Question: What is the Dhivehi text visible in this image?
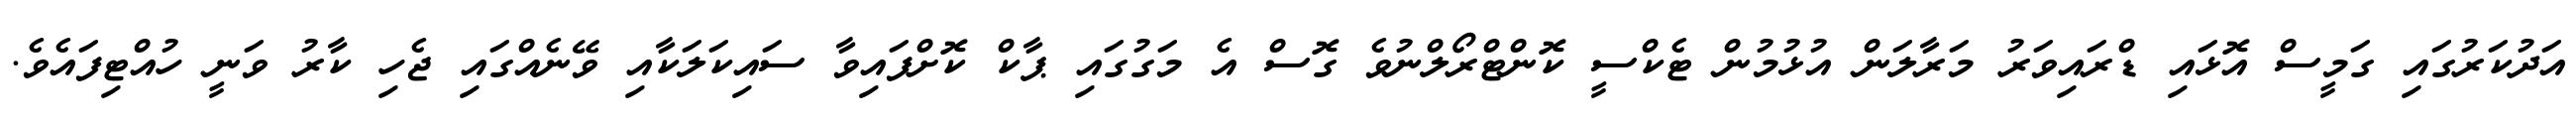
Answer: އަދުކަރުގައި ގަމީސް އޮޅައި ޑްރައިވަރު މަރާލަން އުޅުމުން ޓެކްސީ ކޮންޓްރޯލްނުވެ ގޮސް އެ މަގުގައި ޕާކް ކޮށްފައިވާ ސައިކަލަކާއި ވޭނެއްގައި ޖެހި ކާރު ވަނީ ހުއްޓިފައެވެ.